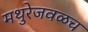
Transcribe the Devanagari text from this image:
मथुरेजवळच